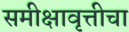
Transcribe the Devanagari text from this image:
समीक्षावृत्तीचा